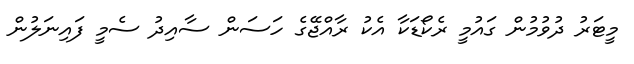
މީޓަރު ދުވުމުން ގައުމީ ރެކޯޑަކާ އެކު ރާއްޖޭގެ ހަސަން ސާއިދު ސެމީ ފައިނަލުން